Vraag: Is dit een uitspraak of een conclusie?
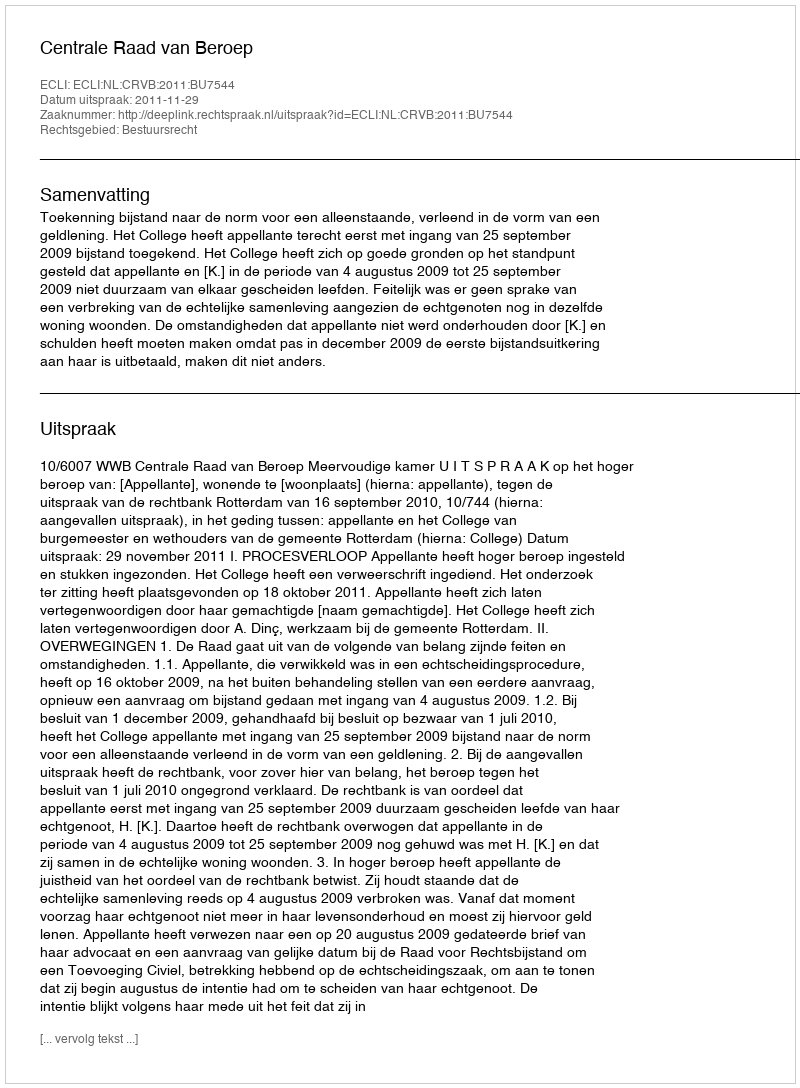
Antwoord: Uitspraak